Indian journal of veterinary science and animal husbandry - Volumes 22-23, 1952-1953
Year: 1952
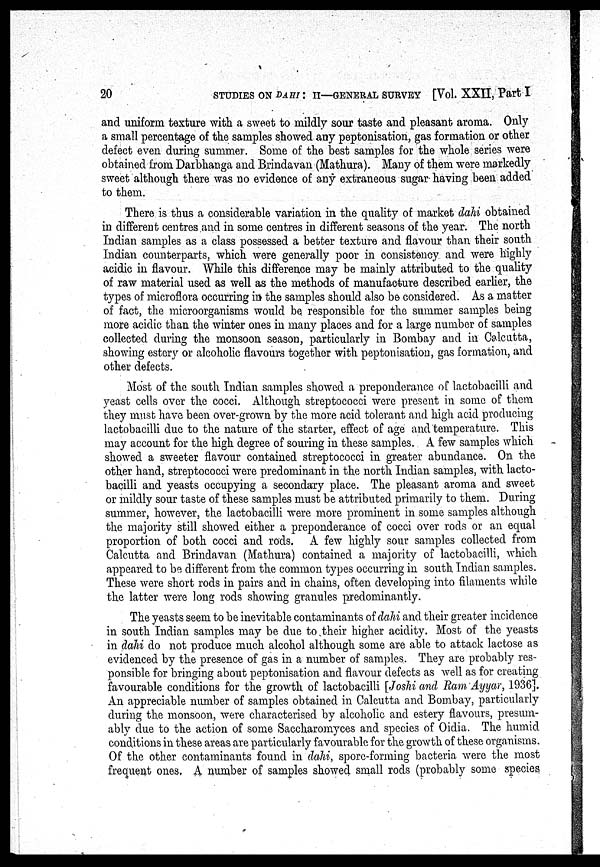
20
STUDIES ON DAHI : II—GENERAL SURVEY [Vol. XXII, Part I
and uniform texture with a sweet to mildly sour taste and pleasant aroma. Only
a small percentage of the samples showed any peptonisation, gas formation or other
defect even during summer. Some of the best samples for the whole series were
obtained from Darbhanga and Brindavan (Mathura). Many of them were markedly
sweet although there was no evidence of any extraneous sugar. having been added
to them.
There is thus a considerable variation in the quality of market dahi obtained
in different centres and in some centres in different seasons of the year. The north
Indian samples as a class possessed a better texture and flavour than their south
Indian counterparts, which were generally poor in consistency and were highly
acidic in flavour. While this difference may be mainly attributed to the quality
of raw material used as well as the methods of manufacture described earlier, the
types of microflora occurring in the samples should also be considered. As a matter
of fact, the microorganisms would be responsible for the summer samples being
more acidic than the winter ones in many places and for a large number of samples
collected during the monsoon season, particularly in Bombay and in Calcutta,
showing estery or alcoholic flavours together with peptonisation, gas formation, and
other defects.
Most of the south Indian samples showed a preponderance of lactobacilli and
yeast cells over the cocci. Although streptococci were present in some of them
they must have been over-grown by the more acid tolerant and high acid producing
lactobacilli due to the nature of the starter, effect of age and temperature. This
may account for the high degree of souring in these samples. A few samples which
showed a sweeter flavour contained streptococci in greater abundance. On the
other hand, streptococci were predominant in the north Indian samples, with lacto-
bacilli and yeasts occupying a secondary place. The pleasant aroma and sweet
or mildly sour taste of these samples must be attributed primarily to them. During
summer, however, the lactobacilli were more prominent in some samples although
the majority still showed either a preponderance of cocci over rods or an equal
proportion of both cocci and rods. A few highly sour samples collected from
Calcutta and Brindavan (Mathura) contained a majority of lactobacilli, which
appeared to be different from the common types occurring in south Indian samples.
These were short rods in pairs and in chains, often developing into filaments while
the latter were long rods showing granules predominantly.
The yeasts seem to be inevitable contaminants of dahi and their greater incidence
in south Indian samples may be due to their higher acidity. Most of the yeasts
in dahi do not produce much alcohol although some are able to attack lactose as
evidenced by the presence of gas in a number of samples. They are probably res-
ponsible for bringing about peptonisation and flavour defects as well as for creating
favourable conditions for the growth of lactobacilli [Joshi and Ram Ayyar, 1936].
An appreciable number of samples obtained in Calcutta and Bombay, particularly
during the monsoon, were characterised by alcoholic and estery flavours, presum-
ably due to the action of some Saccharomyces and species of Oidia. The humid
conditions in these areas are particularly favourable for the growth of these organisms.
Of the other contaminants found in dahi, spore.forming bacteria were the most
frequent ones. A number of samples showed small rods (probably some species